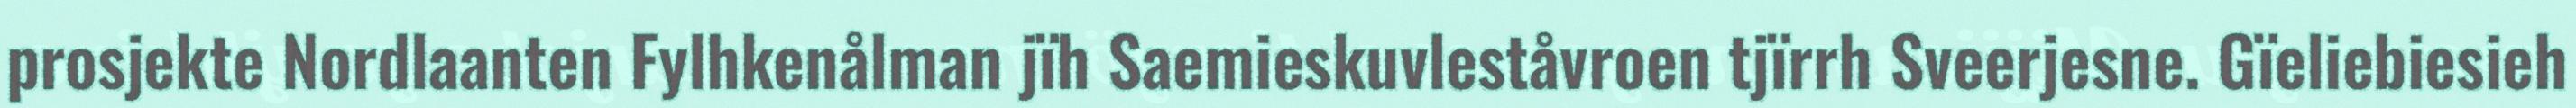
prosjekte Nordlaanten Fylhkenålman jïh Saemieskuvleståvroen tjïrrh Sveerjesne. Gïeliebiesieh